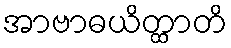
အာဗာဓယိတ္ထာတိ